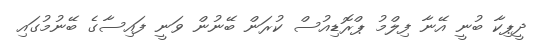
ދީޕިކާ ބުނީ އޭނާ ފިލްމު ޕްރޮޑިއުސް ކުރަން ބޭނުން ވަނީ ފައިސާގެ ބޭނުމުގައި